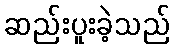
ဆည်းပူးခဲ့သည်